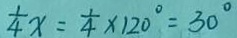
\frac { 1 } { 4 } x = \frac { 1 } { 4 } \times 1 2 0 ^ { \circ } = 3 0 ^ { \circ }